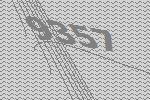
9357